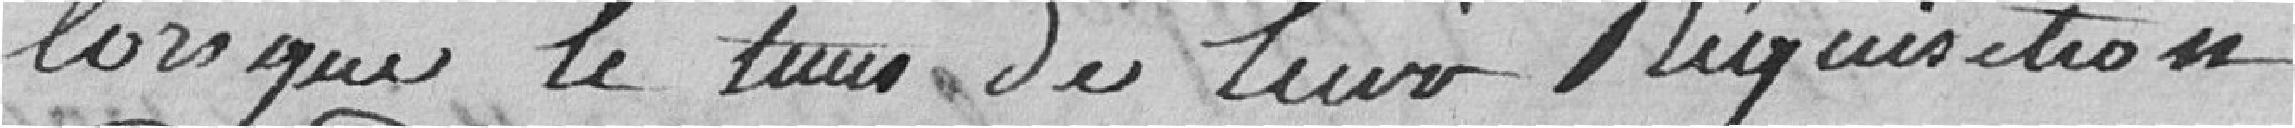
lorsque le tour de leur réquisition